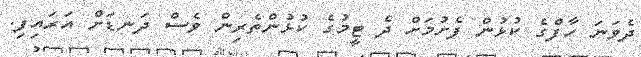
ދެވަނަ ހާފްގެ ކުޅުން ފެށުމަށް ދެ ޓީމުގެ ކުޅުންތެރިން ވެސް ދަނޑަށް އަރައިފި.